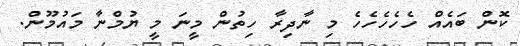
ކޮން ބައެއް ހެހެހެހެހެ މި ނާދިރާ ހިތުން މީނަ މީ ޔުމްނާ މައުމޫން.